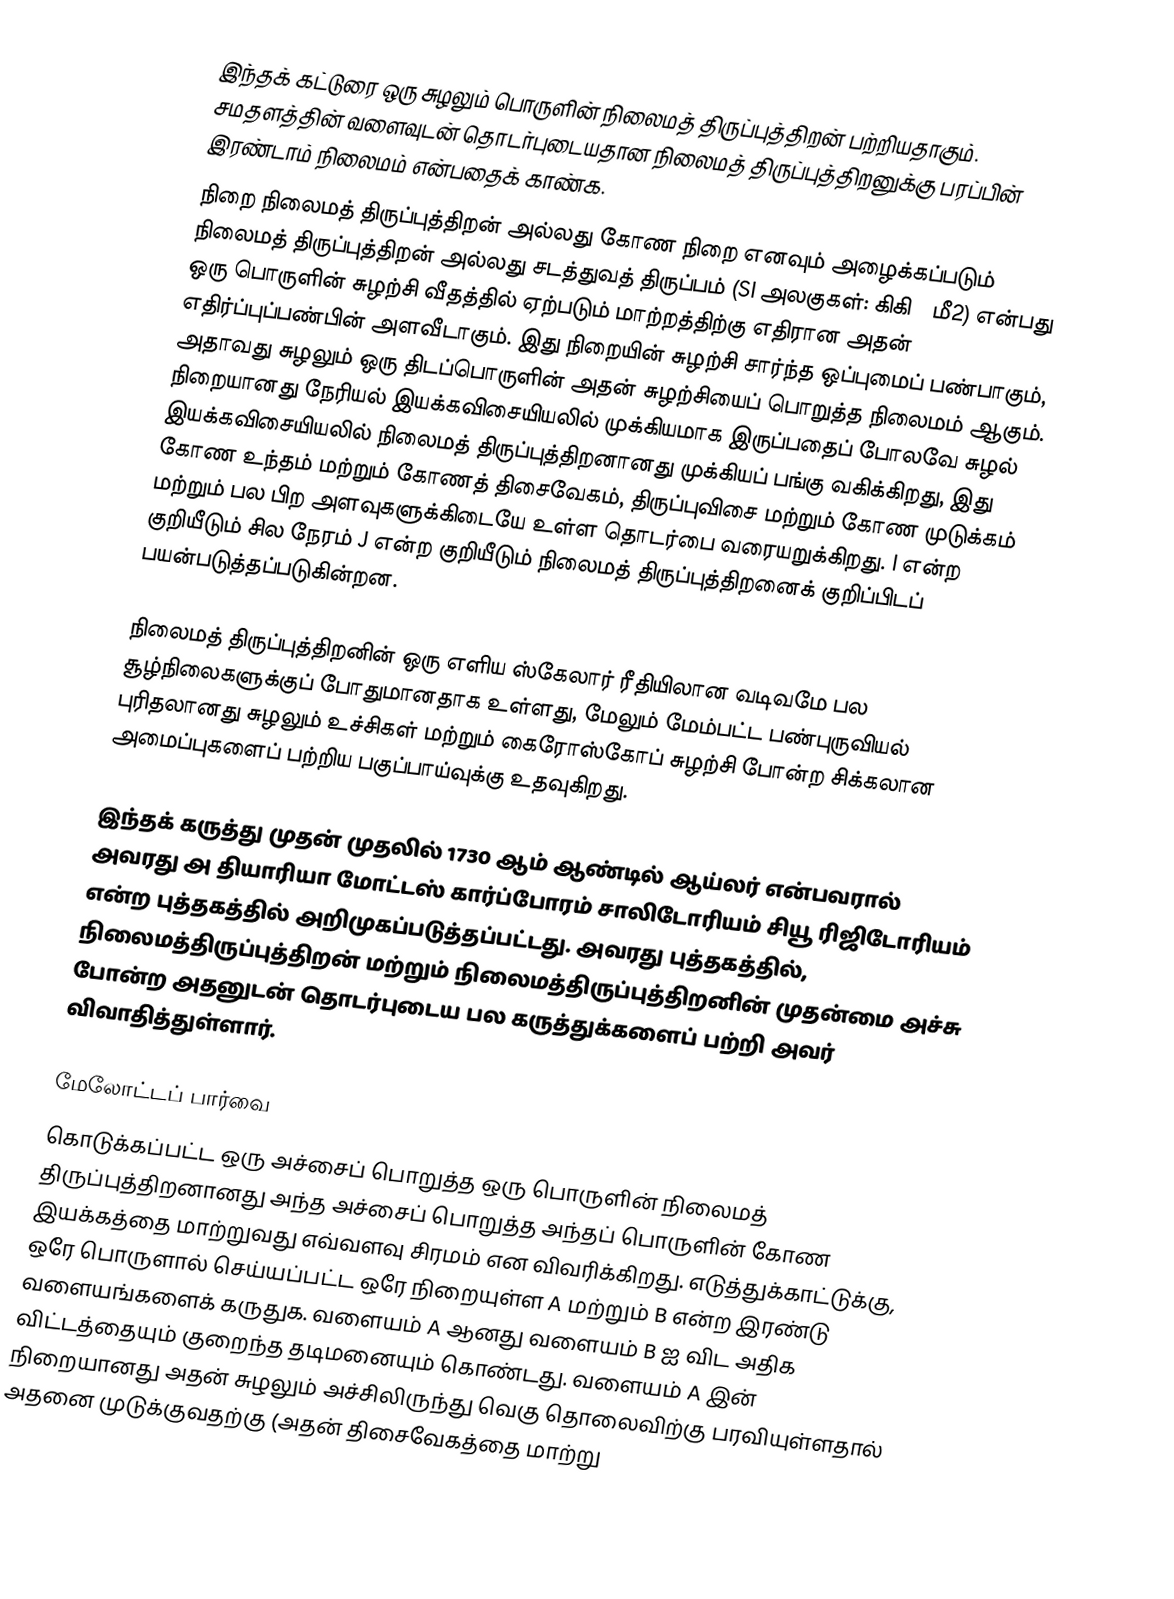
இந்தக் கட்டுரை ஒரு சுழலும் பொருளின் நிலைமத் திருப்புத்திறன் பற்றியதாகும்.  சமதளத்தின் வளைவுடன் தொடர்புடையதான நிலைமத் திருப்புத்திறனுக்கு பரப்பின் இரண்டாம் நிலைமம் என்பதைக் காண்க.
நிறை நிலைமத் திருப்புத்திறன் அல்லது கோண நிறை எனவும் அழைக்கப்படும் நிலைமத் திருப்புத்திறன் அல்லது சடத்துவத் திருப்பம் (SI அலகுகள்: கிகி·மீ2) என்பது ஒரு பொருளின் சுழற்சி வீதத்தில் ஏற்படும் மாற்றத்திற்கு எதிரான அதன் எதிர்ப்புப்பண்பின் அளவீடாகும். இது நிறையின் சுழற்சி சார்ந்த ஒப்புமைப் பண்பாகும், அதாவது சுழலும் ஒரு திடப்பொருளின் அதன் சுழற்சியைப் பொறுத்த நிலைமம் ஆகும். நிறையானது நேரியல் இயக்கவிசையியலில் முக்கியமாக இருப்பதைப் போலவே சுழல் இயக்கவிசையியலில் நிலைமத் திருப்புத்திறனானது முக்கியப் பங்கு வகிக்கிறது, இது கோண உந்தம் மற்றும் கோணத் திசைவேகம், திருப்புவிசை மற்றும் கோண முடுக்கம் மற்றும் பல பிற அளவுகளுக்கிடையே உள்ள தொடர்பை வரையறுக்கிறது. I என்ற குறியீடும் சில நேரம் J என்ற குறியீடும் நிலைமத் திருப்புத்திறனைக் குறிப்பிடப் பயன்படுத்தப்படுகின்றன.

நிலைமத் திருப்புத்திறனின் ஒரு எளிய ஸ்கேலார் ரீதியிலான வடிவமே பல சூழ்நிலைகளுக்குப் போதுமானதாக உள்ளது, மேலும் மேம்பட்ட பண்புருவியல் புரிதலானது சுழலும் உச்சிகள் மற்றும் கைரோஸ்கோப் சுழற்சி போன்ற சிக்கலான அமைப்புகளைப் பற்றிய பகுப்பாய்வுக்கு உதவுகிறது.

இந்தக் கருத்து முதன் முதலில் 1730 ஆம் ஆண்டில் ஆய்லர் என்பவரால் அவரது அ தியாரியா மோட்டஸ் கார்ப்போரம் சாலிடோரியம் சியூ ரிஜிடோரியம் என்ற புத்தகத்தில் அறிமுகப்படுத்தப்பட்டது. அவரது புத்தகத்தில், நிலைமத்திருப்புத்திறன் மற்றும் நிலைமத்திருப்புத்திறனின் முதன்மை அச்சு போன்ற அதனுடன் தொடர்புடைய பல கருத்துக்களைப் பற்றி அவர் விவாதித்துள்ளார்.

மேலோட்டப் பார்வை
கொடுக்கப்பட்ட ஒரு அச்சைப் பொறுத்த ஒரு பொருளின் நிலைமத் திருப்புத்திறனானது அந்த அச்சைப் பொறுத்த அந்தப் பொருளின் கோண இயக்கத்தை மாற்றுவது எவ்வளவு சிரமம் என விவரிக்கிறது. எடுத்துக்காட்டுக்கு, ஒரே பொருளால் செய்யப்பட்ட ஒரே நிறையுள்ள A மற்றும் B என்ற இரண்டு வளையங்களைக் கருதுக. வளையம் A ஆனது வளையம் B ஐ விட அதிக விட்டத்தையும் குறைந்த தடிமனையும் கொண்டது. வளையம் A இன் நிறையானது அதன் சுழலும் அச்சிலிருந்து வெகு தொலைவிற்கு பரவியுள்ளதால் அதனை முடுக்குவதற்கு (அதன் திசைவேகத்தை மாற்று